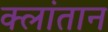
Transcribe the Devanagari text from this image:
क्लांतान